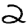
Digit: 2